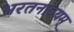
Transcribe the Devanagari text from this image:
भरतनाटयम्